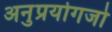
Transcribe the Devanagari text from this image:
अनुप्रयोगजो